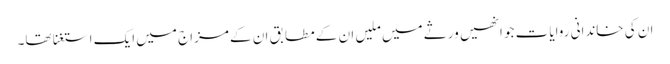
ان کی خاندانی روایات جو انھیں ورثے میں ملیں ان کے مطابق ان کے مزاج میں ایک استغنا تھا۔